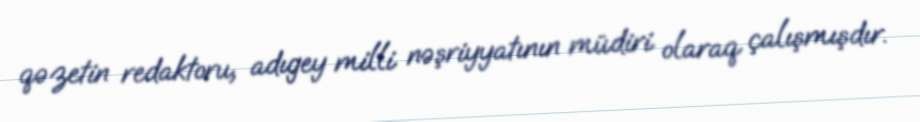
qəzetin redaktoru, adıgey milli nəşriyyatının müdiri olaraq çalışmışdır.